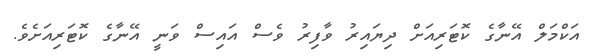
އަކްމަލް އޭނާގެ ކޮޓަރިއަށް ދިޔައިރު ވާފިރު ވެސް އައިސް ވަނީ އޭނާގެ ކޮޓަރިއަށެވެ.